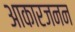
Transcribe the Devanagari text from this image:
आकारजनन